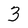
Character: 3